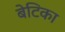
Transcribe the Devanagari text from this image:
बेटिका